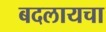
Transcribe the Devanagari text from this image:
बदलायचा